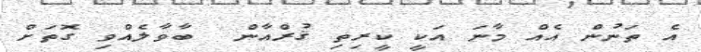
އެ ތަނުން އެއް މާނަ އަކީ ކީރިތި ޤުރްއާން  ބާވާލެއްވި ގޮތަށް